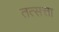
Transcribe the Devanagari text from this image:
तत्सत्ता